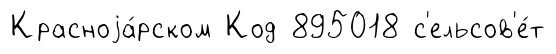
Красноjа́рском Код 895018 с'ельсов'е́т